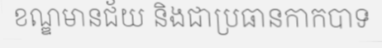
ខណ្ឌមានជ័យ និងជាប្រធានកាកបាទ